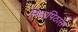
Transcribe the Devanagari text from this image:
विद्यापिठास